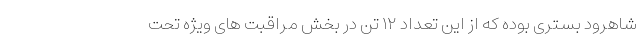
شاهرود بستری بوده که از این تعداد ۱۲ تن در بخش مراقبت های ویژه تحت